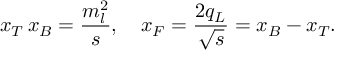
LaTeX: x _ { T } \, x _ { B } = \frac { m _ { l } ^ { 2 } } { s } , \quad x _ { F } = \frac { 2 q _ { L } } { \sqrt { s } } = x _ { B } - x _ { T } .